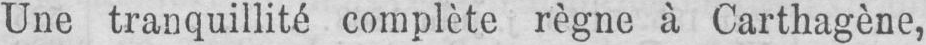
Une tranquillité complète règne à Carthagène,